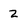
Character: 2